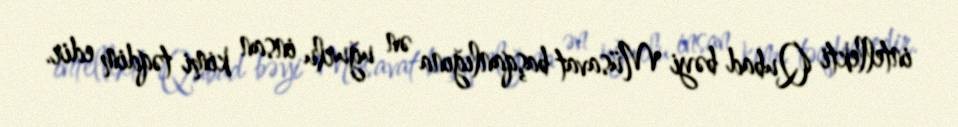
intellekti Qubad bəyi Müsavat başqanlığına ən uğurlu insan kimi təqdim edir.